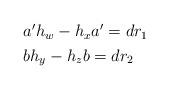
LaTeX: \begin{align*}\begin{aligned}\ &a^\prime h_w-h_xa^\prime=dr_1\\&bh_y-h_zb=dr_2\end{aligned}\end{align*}